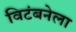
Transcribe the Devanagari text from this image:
विटंबनेला